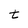
Character: t